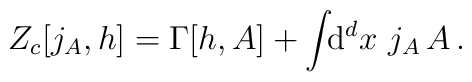
Z_c[j_A, h] = \Gamma[h,A] + \int \!\!{\rm d}^d x \,\, j_A \, A \,.